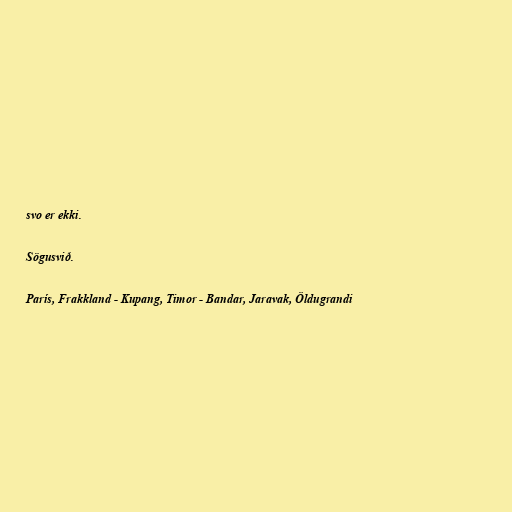
svo er ekki.

Sögusvið.

París, Frakkland - Kupang, Timor - Bandar, Jaravak, Öldugrandi